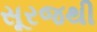
સૂરજથી